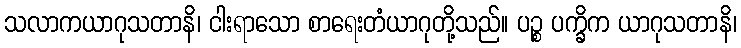
သလာကယာဂုသတာနိ၊ ငါးရာသော စာရေးတံယာဂုတို့သည်။ ပဉ္စ ပက္ခိက ယာဂုသတာနိ၊